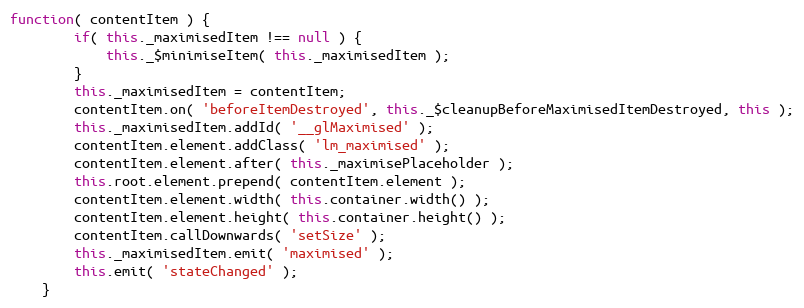
Language: JavaScript
function( contentItem ) {
		if( this._maximisedItem !== null ) {
			this._$minimiseItem( this._maximisedItem );
		}
		this._maximisedItem = contentItem;
		contentItem.on( 'beforeItemDestroyed', this._$cleanupBeforeMaximisedItemDestroyed, this );
		this._maximisedItem.addId( '__glMaximised' );
		contentItem.element.addClass( 'lm_maximised' );
		contentItem.element.after( this._maximisePlaceholder );
		this.root.element.prepend( contentItem.element );
		contentItem.element.width( this.container.width() );
		contentItem.element.height( this.container.height() );
		contentItem.callDownwards( 'setSize' );
		this._maximisedItem.emit( 'maximised' );
		this.emit( 'stateChanged' );
	}